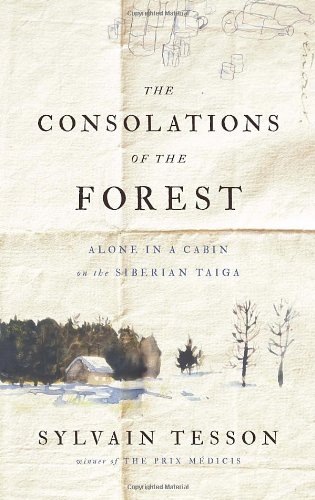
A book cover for The Consolations of the Forest: Alone in a Cabin on the Siberian Taiga; Sylvain Tesson; Travel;